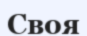
Своя